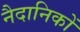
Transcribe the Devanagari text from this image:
नैदानिकों